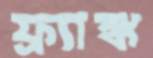
ফ্র্যাঙ্ক